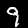
Label: 9